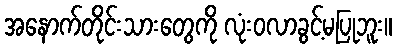
အနောက်တိုင်းသားတွေကို လုံးဝလာခွင့်မပြုဘူး။